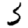
Digit: 3